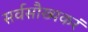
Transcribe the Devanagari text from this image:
सर्वसौख्यकरं